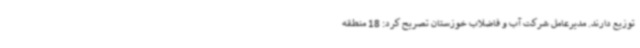
توزیع دارند. مدیرعامل شرکت آب و فاضلاب خوزستان تصریح کرد: 18 منطقه